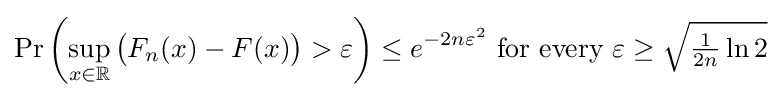
\Pr \left(\sup _{x\in \mathbb {R} }{\bigl (}F_{n}(x)-F(x){\bigr )}>\varepsilon \right)\leq e^{-2n\varepsilon ^{2}}{\text{ for every }}\varepsilon \geq {\sqrt {{\tfrac {1}{2n}}\ln 2}}